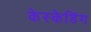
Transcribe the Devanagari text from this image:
केस्केडिंग